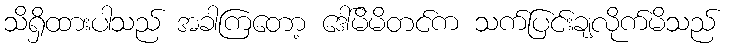
သိရှိထားပါသည် အခါကြတော့ ဒေါ်မိမိတင်က သက်ပြင်းချလိုက်မိသည်